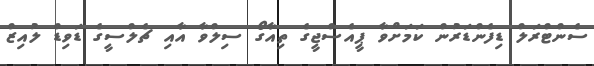
ސެންޓްރަލް ޑިފެންޑަރުން ކަމަށްވާ ޕީއެސްޖީގެ ތިއާގޯ ސިލްވާ އާއި ޗެލްސީގެ ޑަވިޑް ލުއިޒް